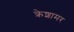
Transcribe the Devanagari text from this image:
क्रेशामर